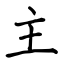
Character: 主